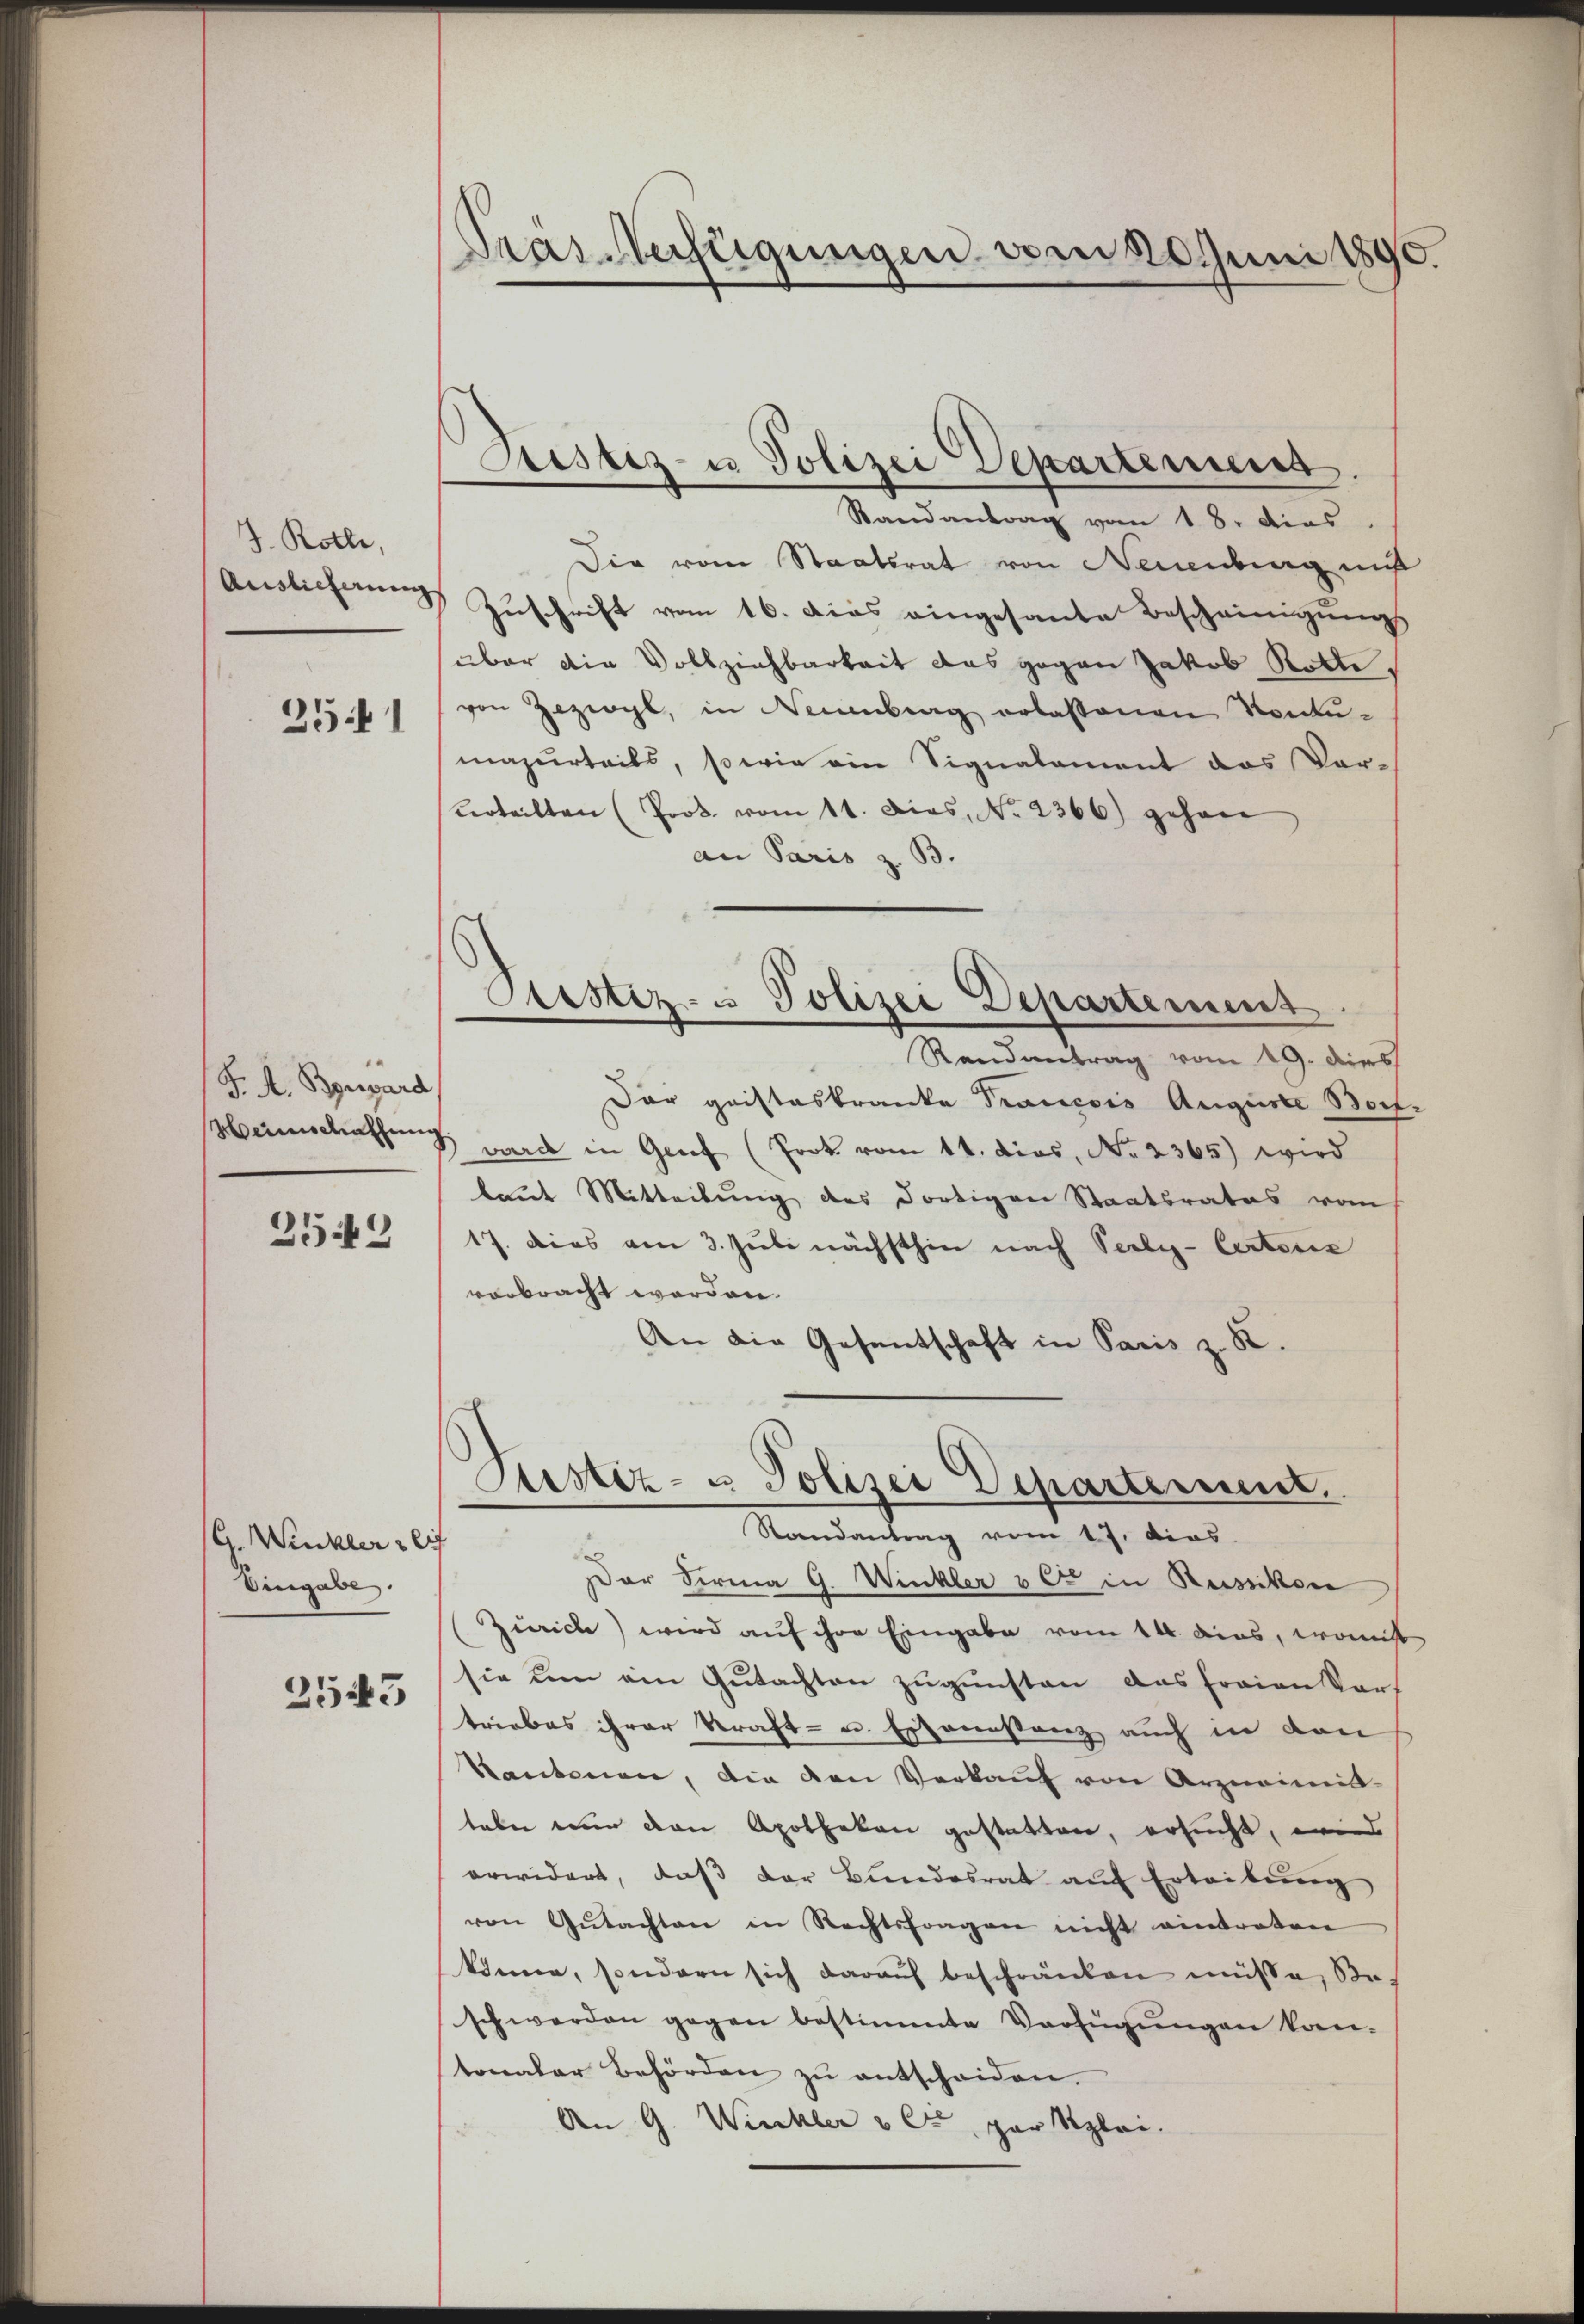
J. Rolle,
Auslieferung

251

J. A. Bossard
2549

G. Winkler sei
Eingabe
2543

Bas Anfügungen vom 20. Juni 1890.

Justiz- u Polizei Departemenss

Randantrag vom 18. dies
Die vom Staatsrat von Neuenburg mit
Zuschrift vom 16. dies eingesante Bescheinigungs
über die Vollziehbarkeit das gegen Jakob Rotte,
von gezog, in Neuenburg erlassenen Konkŭ-
mazurteils, so wie ein Signalament das Vor-
verteilten (Prok. vom 11. Dies, No. 2366) gehen
an Paris z. B.
Prustiz- u Polizei Departemens
Randantrag vom 19. dies
Der gristeskranke Prancois Auguste Boch
Marschatzung ward in Genf (Prok. vom 14. dies, No 2365) wird
baut Mitteilung des dortigen Staatsrates vom
17. Dies am 3. Juli nächsthin nach Seely-Certoris
verbracht worden.
An die Gesentschaft in Paris z. B.

Justiz- u. Polizei Departement.
Randantrag vom 17. dies

Dar Firma 9. Winkler von in Russikon
Zürich) wird auf ihre Eingabe vom 14. das, wonist
sie um ein Gutachten zugunsten das fraienkar
triebes ihrer Kraft- u. Essonnstanz auch in den
Kantonen, die den Verkaŭf von Arzneimis-
taber nur den Apotheken gestatten, ersucht, wie
erwidert, daβ der Bŭndesrat aŭf Erteibŭng
von Gŭtachten in Rechtsfragen nicht eintraten
könne, sondern sich darauf beschränken müsse, soschwerden gegen bestimmte Verfügŭngen kon-
tonaler Behörden zŭ entscheiden.
An G. Winkler & Cie par Klei¬